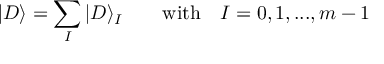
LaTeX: | D \rangle = \sum _ { I } | D \rangle _ { I } \qquad \mathrm { w i t h } \quad I = 0 , 1 , . . . , m - 1